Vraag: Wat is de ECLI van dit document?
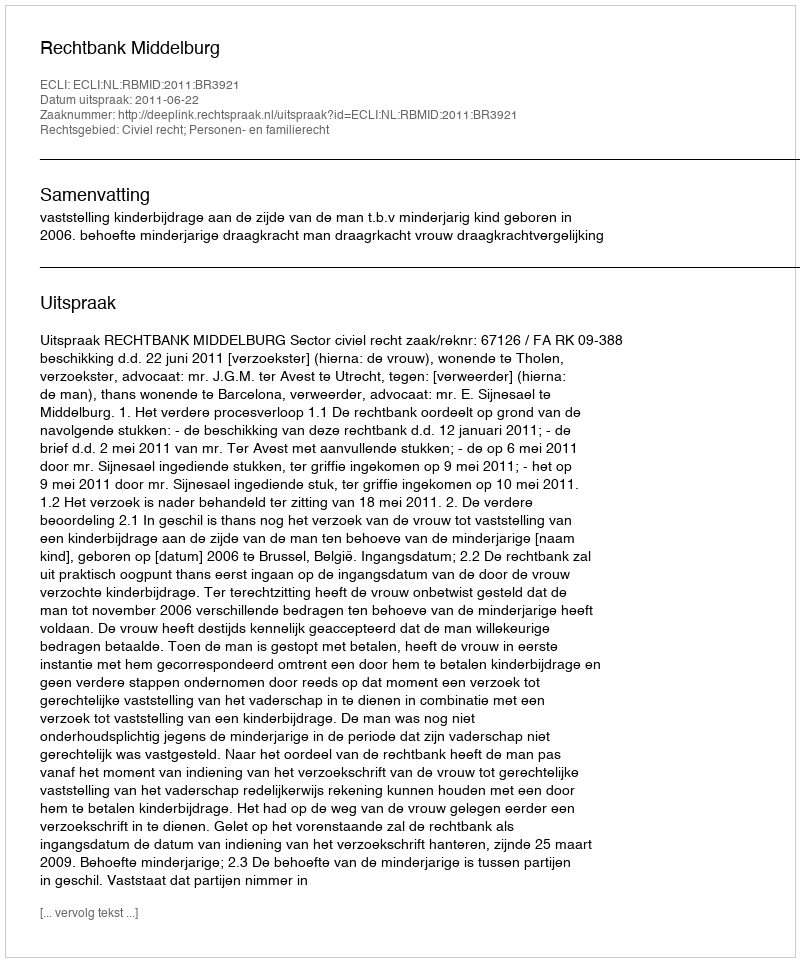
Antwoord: ECLI:NL:RBMID:2011:BR3921